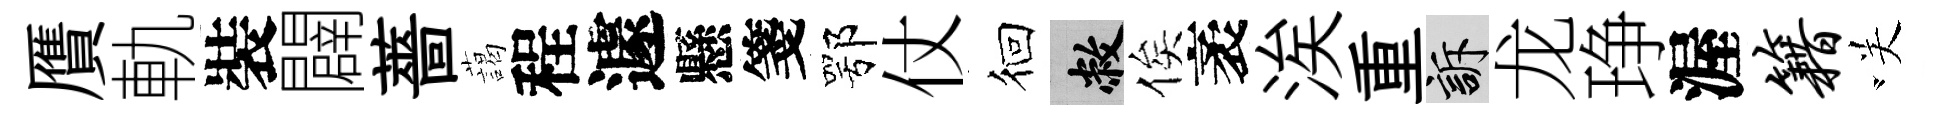
贋軌裝闢薔藹程遽懸箋鄂仗徊敝俟袤涘重訴龙琤渥籍咲